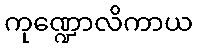
ကုဏ္ဍောလိကာယ